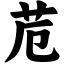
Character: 苊